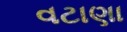
વટાણા